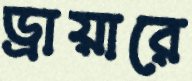
ড্রায়ারে